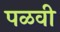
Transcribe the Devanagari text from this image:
पळवी